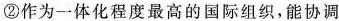
②作为一体化程度最高的国际组织，能协调